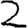
Digit: 2